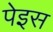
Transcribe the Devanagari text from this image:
पेइस